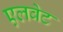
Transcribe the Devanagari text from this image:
एलवेट